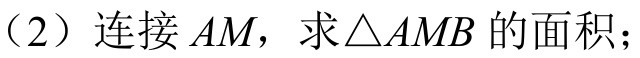
（2）连接 \(AM\)，求\(\triangle AMB\)的面积；